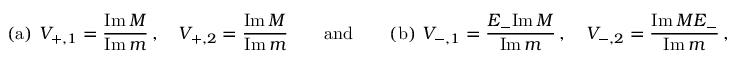
\mathrm { ( a ) } \ V _ { + , 1 } = \frac { \mathrm { I m } \, M } { \mathrm { I m } \, m } \, , \quad V _ { + , 2 } = \frac { \mathrm { I m } \, M } { \mathrm { I m } \, m } \qquad \mathrm { a n d } \qquad \mathrm { ( b ) } \ V _ { - , 1 } = \frac { E _ { - } \mathrm { I m } \, M } { \mathrm { I m } \, m } \, , \quad V _ { - , 2 } = \frac { \mathrm { I m } \, M E _ { - } } { \mathrm { I m } \, m } \, ,